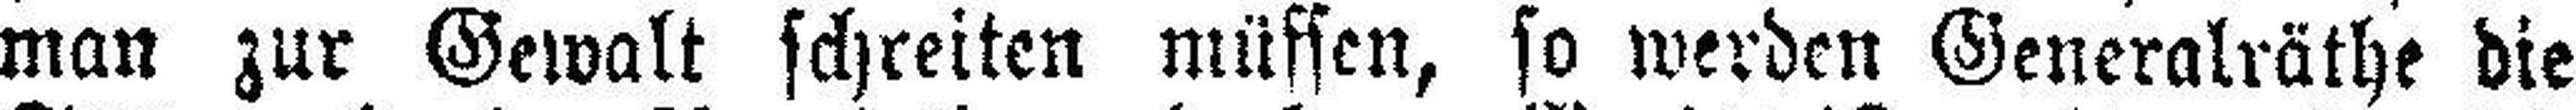
man zur Gewalt schreiten müssen, so werden Generalräthe die